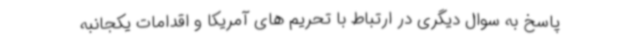
پاسخ به سوال دیگری در ارتباط با تحریم های آمریکا و اقدامات یکجانبه